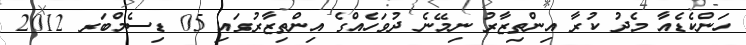
ހަންކެޑެއާ މެދު ކުރާ އިންތިޒާރު ނިމޭނެ ދުވަހެއްގެ އިންތިޒާރުގައި 05 ޑިސެމްބަރ 2012